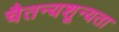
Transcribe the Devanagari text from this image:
चैतन्यशून्यता